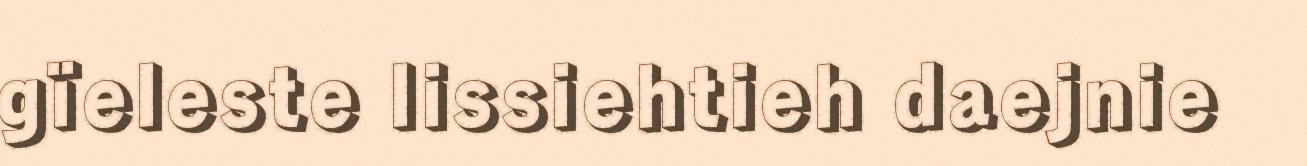
gïeleste lissiehtieh daejnie